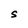
Character: S